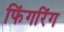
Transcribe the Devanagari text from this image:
फिंगरिंग